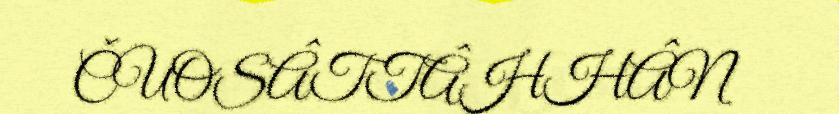
ČUOSÂTTÂHHÂN